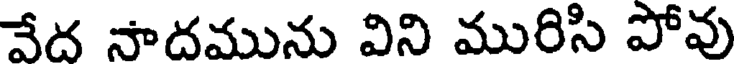
వేద సాదమును విని మురిసి పోవు